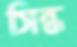
সিন্ধ